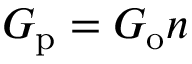
G _ { \mathrm { p } } = G _ { \mathrm { o } } n